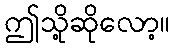
ဤသို့ဆိုလော့။